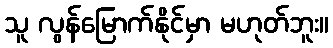
သူ လွန်မြောက်နိုင်မှာ မဟုတ်ဘူး။